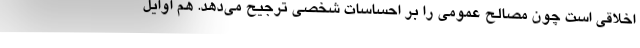
اخلاقی است چون مصالح عمومی را بر احساسات شخصی ترجیح می‌دهد. هم اوایل